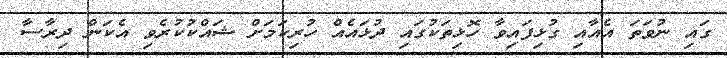
ގައި ނުވަތަ އެއާއި ގުޅިފައިވާ ހޮޅިތަކުގައި ދުޅައެއް ހުރިކަމަށް ޝައްކުކުރެވި އެކަން ދިރާސާ